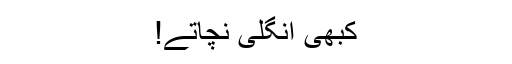
کبھی انگلی نچاتے!